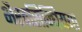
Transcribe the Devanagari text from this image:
भैरवसिन्धियया